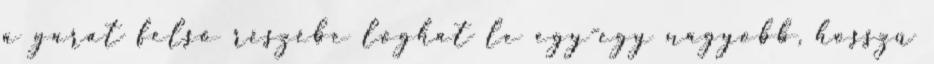
a garat felső részébe lóghat le egy-egy nagyobb, hosszú